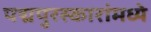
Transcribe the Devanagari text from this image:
पद्मपुरस्कारांमध्ये